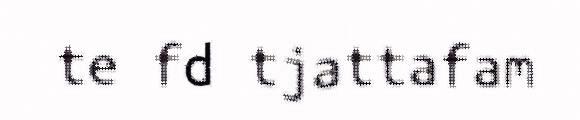
te fd tjattafam